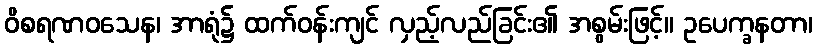
ဝိစရဏဝသေန၊ အာရုံ၌ ထက်ဝန်းကျင် လှည့်လည်ခြင်း၏ အစွမ်းဖြင့်။ ဥပေက္ခနတာ၊